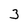
Character: 3